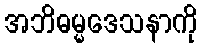
အဘိဓမ္မဒေသနာကို